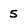
Character: 5